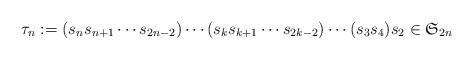
LaTeX: \begin{align*}{\tau_n} :=(s_ns_{n+1}\cdots s_{2n-2})\cdots (s_ks_{k+1}\cdots s_{2k-2})\cdots (s_3s_4)s_2\in \mathfrak{S}_{2n} \end{align*}